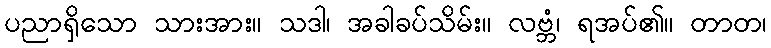
ပညာရှိသော သားအား။ သဒါ၊ အခါခပ်သိမ်း။ လဗ္ဘံ၊ ရအပ်၏။ တာတ၊